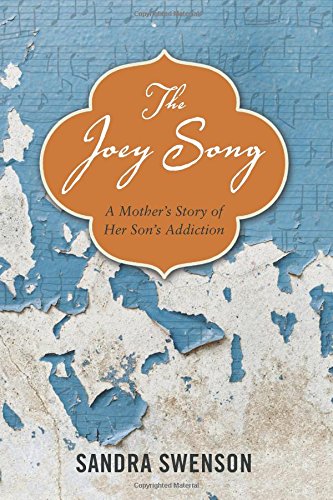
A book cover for The Joey Song: A Mother's Story of Her Son's Addiction; Sandra Swenson; Self-Help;